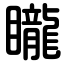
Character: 矓